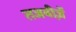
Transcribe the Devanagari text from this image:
तजवीज़ें